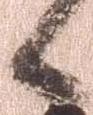
候